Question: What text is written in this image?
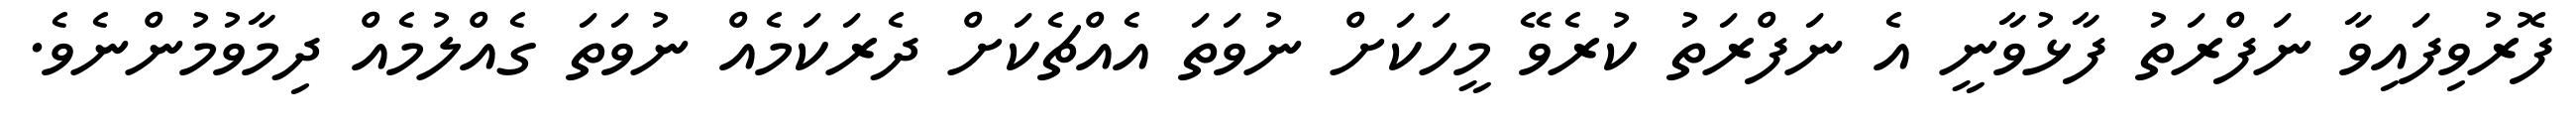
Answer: ފޮރުވިފައިވާ ނަފްރަތު ފާޅުވާނީ އެ ނަފްރަތު ކުރެވޭ މީހަކަށް ނުވަތަ އެއްޗެކަށް ދެރަކަމެއް ނުވަތަ ގެއްލުމެއް ދިމާވުމުންނެވެ.